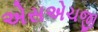
એસએચજી